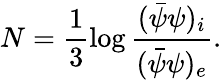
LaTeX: N=\frac{1}{3}\log\frac{(\bar{\psi}{\psi})_{i}}{(\bar{\psi}{\psi})_{e}}.